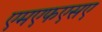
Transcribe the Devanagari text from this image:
एमएफएसए